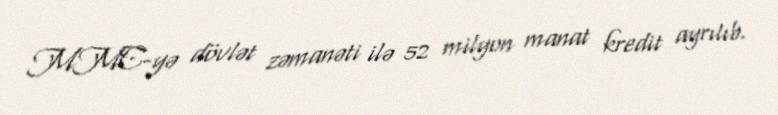
MMC-yə dövlət zəmanəti ilə 52 milyon manat kredit ayrılıb.